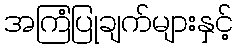
အကြံပြုချက်များနှင့်